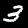
Label: 3